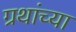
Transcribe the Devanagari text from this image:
ग्रथांच्या